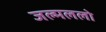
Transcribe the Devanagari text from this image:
जल्मललो